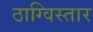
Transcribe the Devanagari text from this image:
ठाग्विस्तार